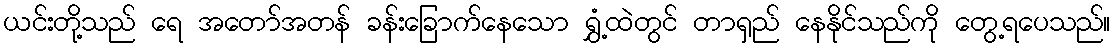
ယင်းတို့သည် ရေ အတော်အတန် ခန်းခြောက်နေသော ရွှံ့ထဲတွင် တာရှည် နေနိုင်သည်ကို တွေ့ရပေသည်။